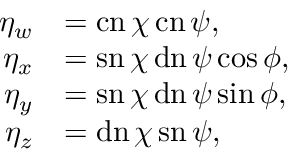
{ \begin{array} { r l } { \eta _ { w } } & { = \operatorname { c n } \chi \operatorname { c n } \psi , } \\ { \eta _ { x } } & { = \operatorname { s n } \chi \operatorname { d n } \psi \cos \phi , } \\ { \eta _ { y } } & { = \operatorname { s n } \chi \operatorname { d n } \psi \sin \phi , } \\ { \eta _ { z } } & { = \operatorname { d n } \chi \operatorname { s n } \psi , } \end{array} }